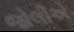
જોલીએ